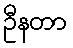
ဦနတာ